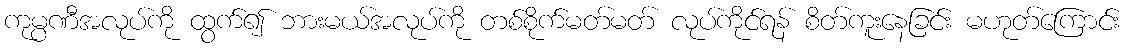
ကုမ္ပဏီအလုပ်ကို ထွက်၍ ဘားမယ်အလုပ်ကို တစ်စိုက်မတ်မတ် လုပ်ကိုင်ရန် စိတ်ကူးနေခြင်း မဟုတ်ကြောင်း